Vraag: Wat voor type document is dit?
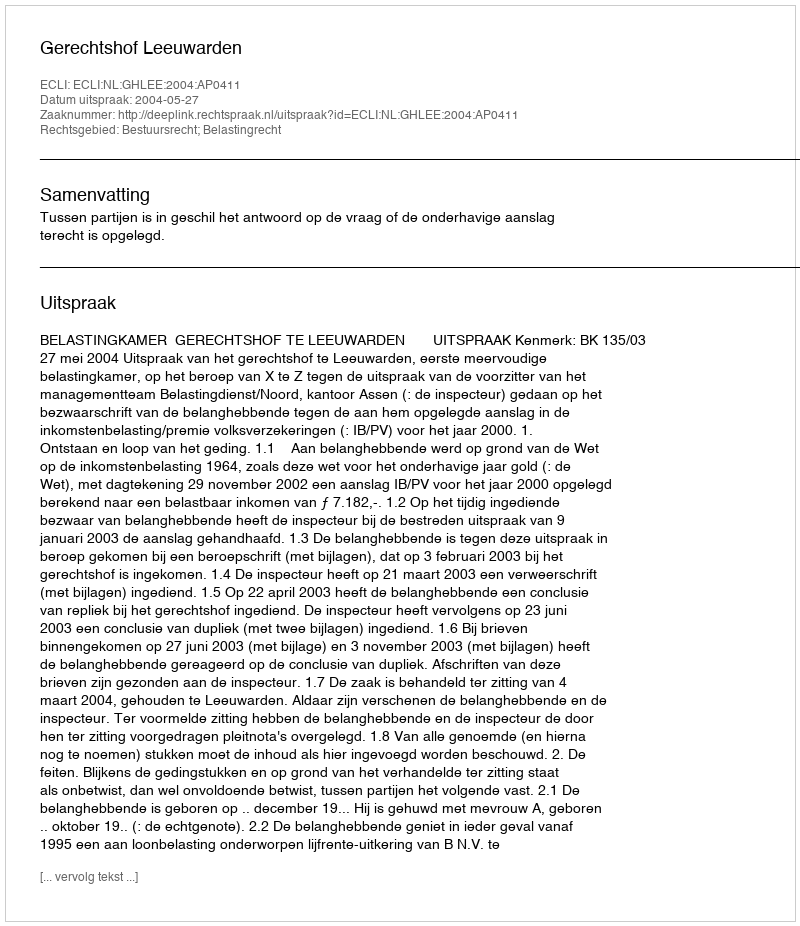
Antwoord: Uitspraak